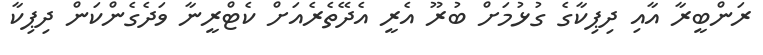
ރަންބީރާ އާއި ދިޕިކާގެ ގުޅުމަށް ބުރޫ އެރީ އެދޭތެރެއަށް ކެޓްރީނާ ވަދެގެންކަން ދިޕިކާ